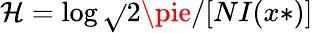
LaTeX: \mathcal{H}=\log{\sqrt{}{{2\pie/[NI(x*)]}}}